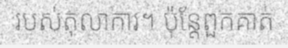
របស់តុលាការ។ ប៉ុន្តែពួកគាត់